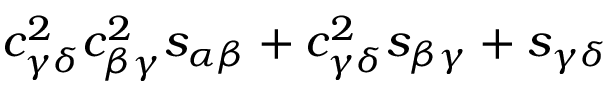
c _ { \gamma \delta } ^ { 2 } c _ { \beta \gamma } ^ { 2 } s _ { \alpha \beta } + c _ { \gamma \delta } ^ { 2 } s _ { \beta \gamma } + s _ { \gamma \delta }